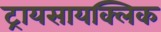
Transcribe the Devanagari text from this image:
ट्रायसायक्लिक